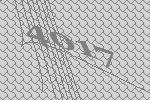
4017